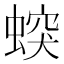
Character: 𧎛